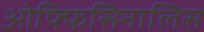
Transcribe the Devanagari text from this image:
ओफ्फिसिनालिस